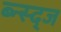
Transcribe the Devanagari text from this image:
ब्न्स्द्ज